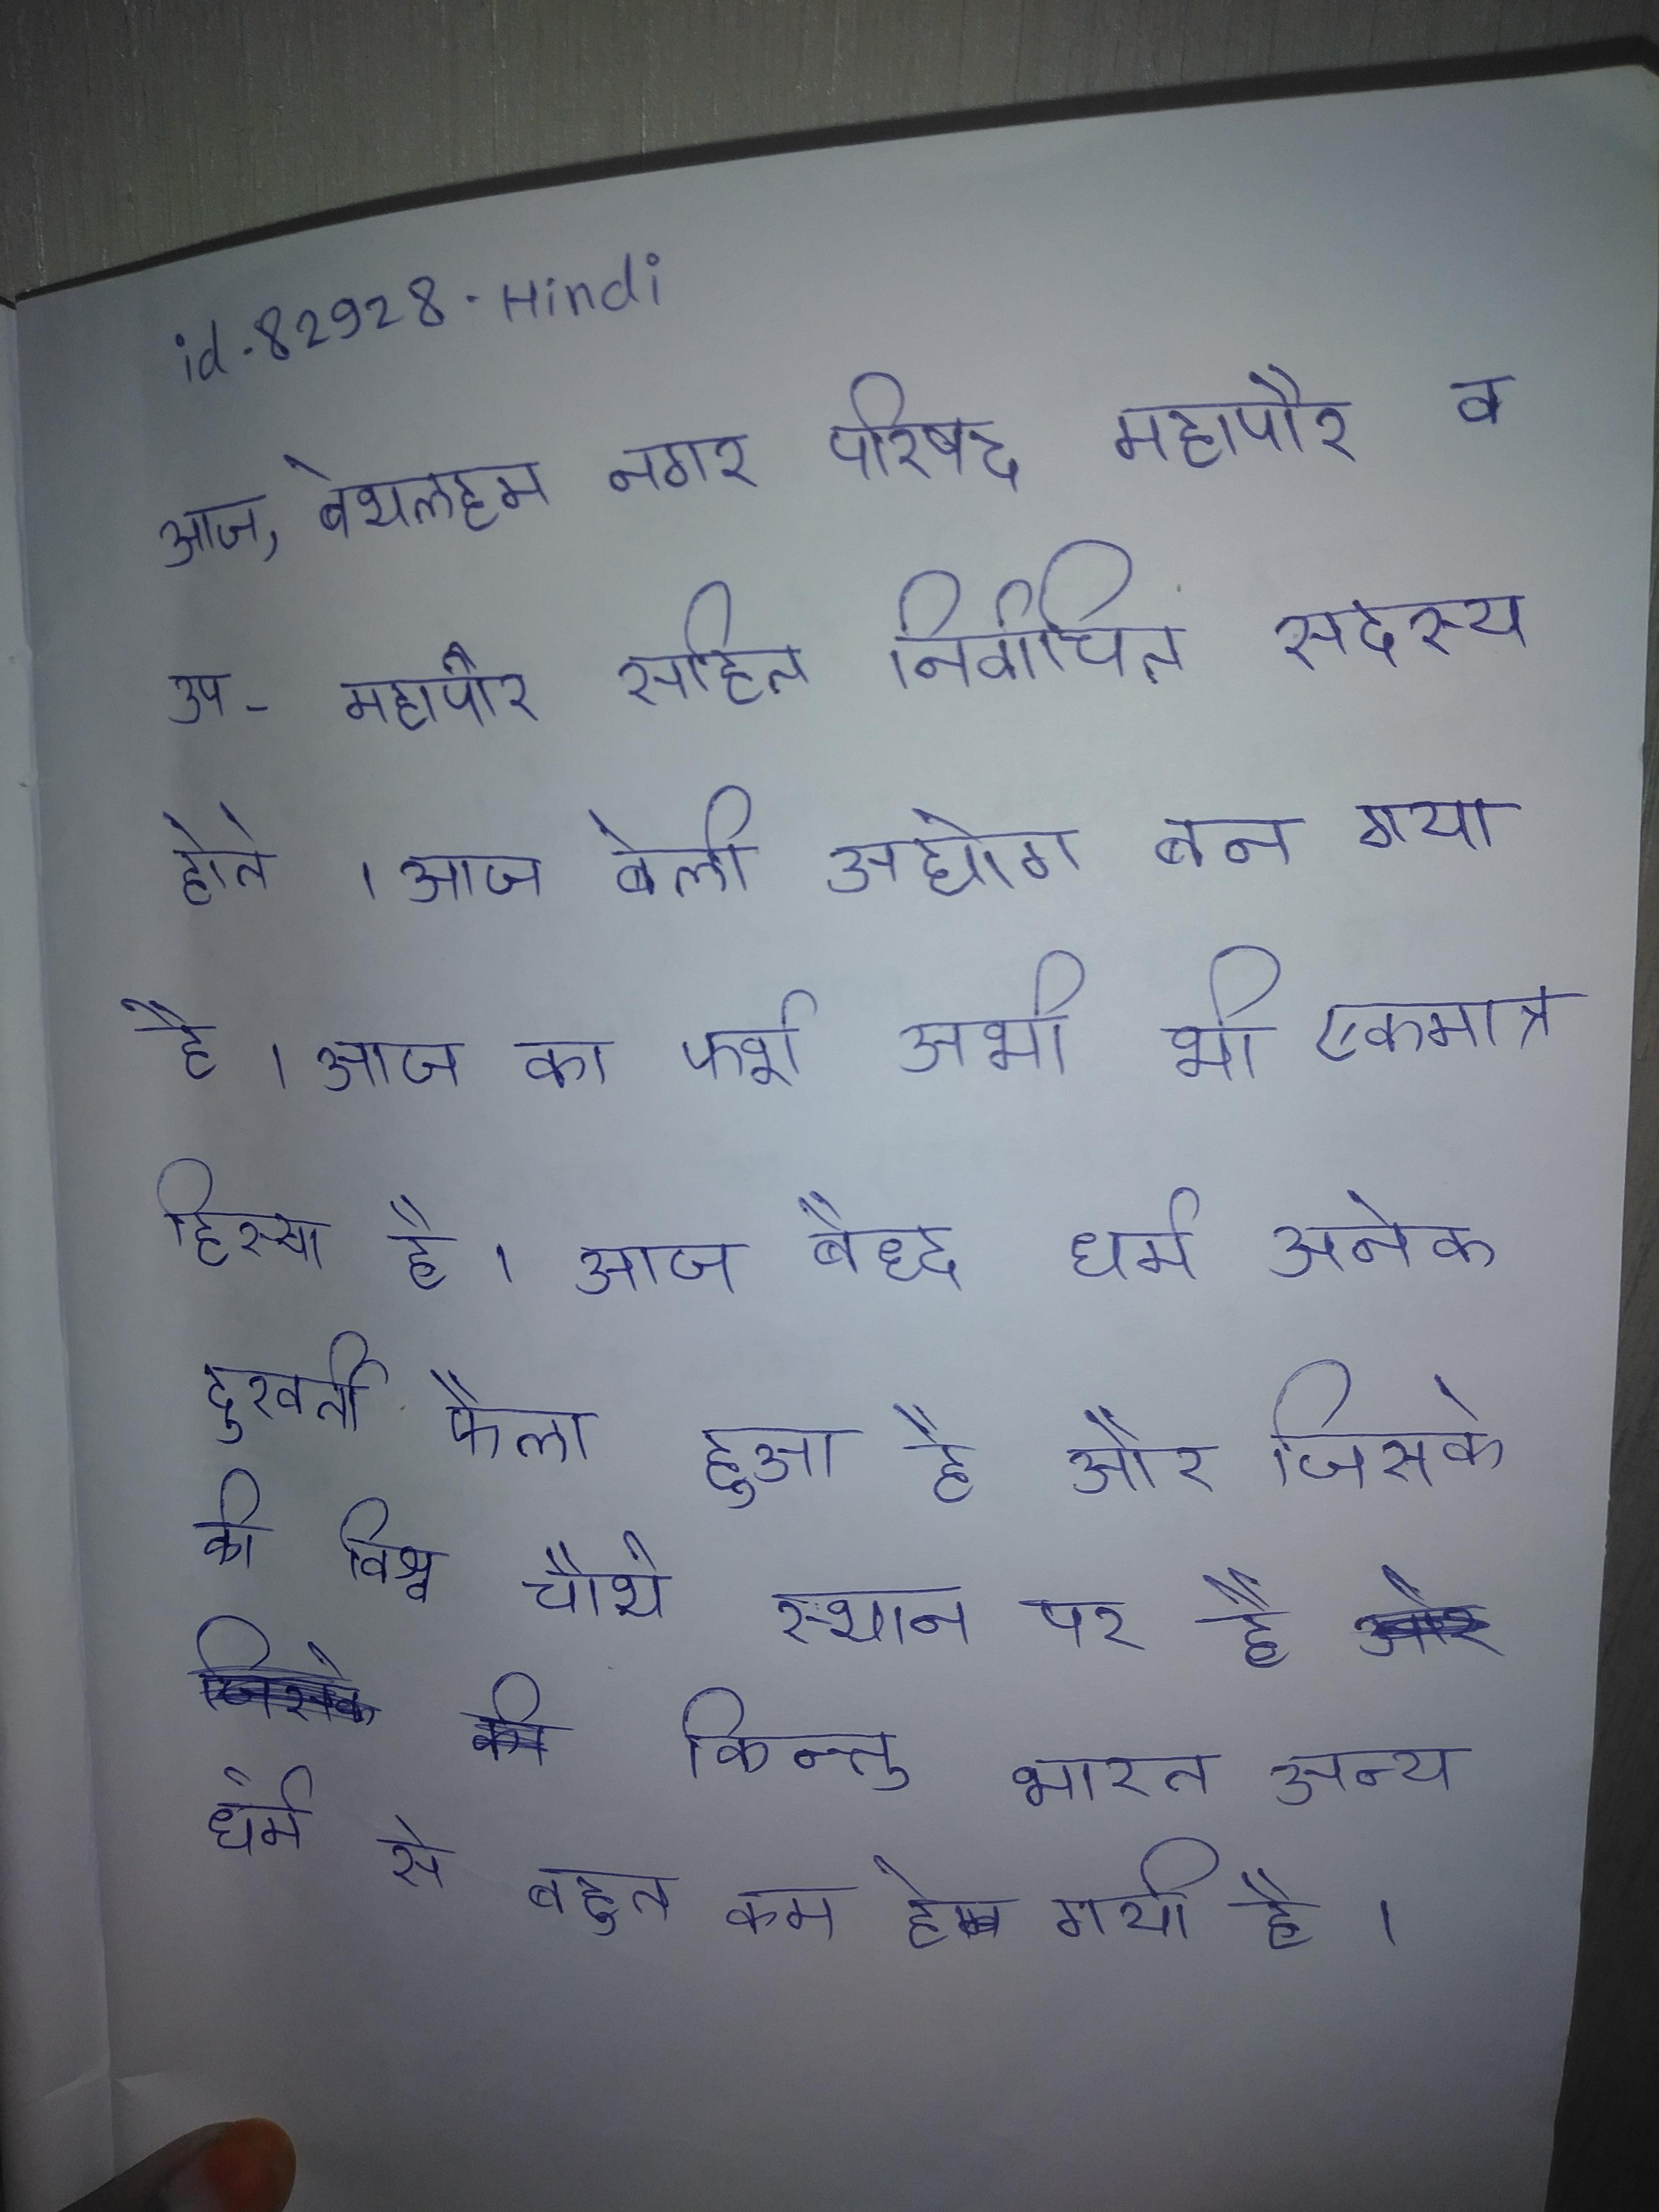
आज, बेथलहम नगर परिषद महापौर व उप-महापौर सहित निर्वाचित सदस्य होते । आज बेली अपने आप एक उद्योग बन गया है । आज का फर्श अभी भी एकमात्र हिस्सा है । आज बौद्ध धर्म अनेक दूरवर्ती फैला हुआ है और जिसके की विश्व चौथे स्थान पर है किन्तु भारत अन्य धर्म से बहुत कम हो गयी है ।